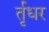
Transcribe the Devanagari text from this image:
र्तृधर